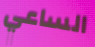
الساعي